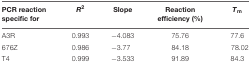
| PCR reaction specific for | R2 | Slope | Reaction efficiency (%) | Tm |
 | --- | --- | --- | --- | --- |
 | A3R | 0.993 | -4.083 | 75.76 | 77.6 |
 | 676Z | 0.986 | -3.77 | 84.18 | 78.02 |
 | T4 | 0.999 | -3.533 | 91.89 | 84.3 |